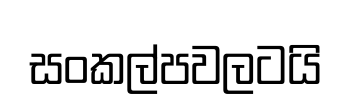
සංකල්පවලටයි